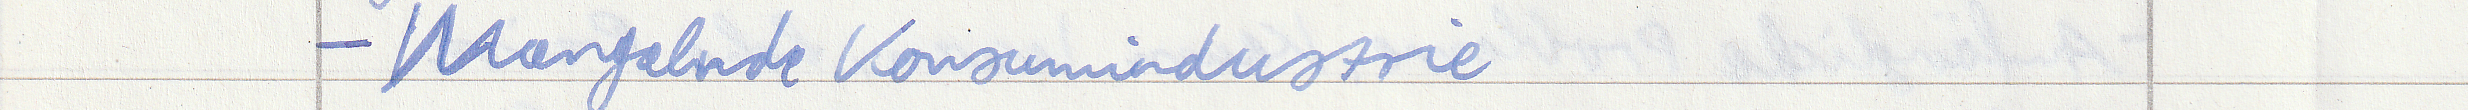
- Mangelnde Konsumindustrie